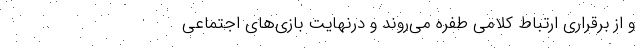
و از برقراری ارتباط کلامی طفره می‌روند و درنهایت بازی‌های اجتماعی